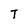
Character: T